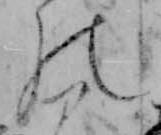
の